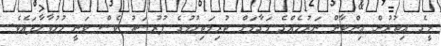
މީގެ އިތުރުން އިންޓާން ނަރުހެއްގެ މަގާމަށް ކުރިމަތިލުމުގެ ފުރުސަތު ވެސް ވަނީ ހުޅުވާލާފައެވެ.